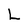
Character: L